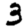
Digit: 3